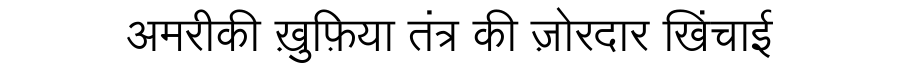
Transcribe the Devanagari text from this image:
अमरीकी ख़ुफ़िया तंत्र की ज़ोरदार खिंचाई